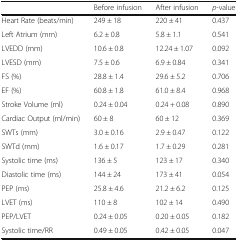
|  | Before infusion | After infusion | p-value |
 | --- | --- | --- | --- |
 | Heart Rate (beats/min) | 249 ± 18 | 220 ± 41 | 0.437 |
 | Left Atrium (mm) | 6.2 ± 0.8 | 5.8 ± 1.1 | 0.541 |
 | LVEDD (mm) | 10.6 ± 0.8 | 12.24 ± 1.07 | 0.092 |
 | LVESD (mm) | 7.5 ± 0.6 | 6.9 ± 0.84 | 0.341 |
 | FS (%) | 28.8 ± 1.4 | 29.6 ± 5.2 | 0.706 |
 | EF (%) | 60.8 ± 1.8 | 61.0 ± 8.4 | 0.968 |
 | Stroke Volume (ml) | 0.24 ± 0.04 | 0.24 + 0.08 | 0.890 |
 | Cardiac Output (ml/min) | 60 ± 8 | 60 ± 12 | 0.369 |
 | SWTs (mm) | 3.0 ± 0.16 | 2.9 ± 0.47 | 0.122 |
 | SWTd (mm) | 1.6 ± 0.17 | 1.7 ± 0.29 | 0.281 |
 | Systolic time (ms) | 136 ± 5 | 123 ± 17 | 0.340 |
 | Diastolic time (ms) | 144 ± 24 | 173 ± 41 | 0.054 |
 | PEP (ms) | 25.8 ± 4.6 | 21.2 ± 6.2 | 0.125 |
 | LVET (ms) | 110 ± 8 | 102 ± 14 | 0.490 |
 | PEP/LVET | 0.24 ± 0.05 | 0.20 ± 0.05 | 0.182 |
 | Systolic time/RR | 0.49 ± 0.05 | 0.42 ± 0.05 | 0.047 |